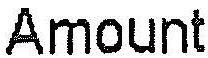
AMOUNT